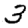
Digit: 3